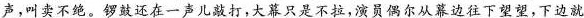
声,叫卖不绝。锣鼓还在一声儿敲打,大幕只是不拉,演员偶尔从幕边往下望望，下边就